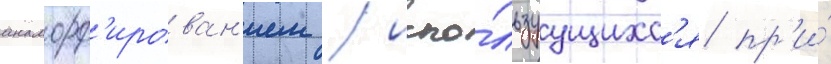
анаморф'ирован'ием / испо́льзуущихс'я пр'и́